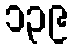
၁၃၉